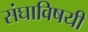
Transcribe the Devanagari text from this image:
संघाविषयी